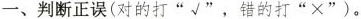
一、判断正误(对的打”√”，错的打”×”)。